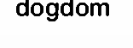
dogdom